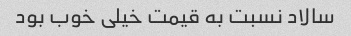
سالاد نسبت به قیمت خیلی خوب بود